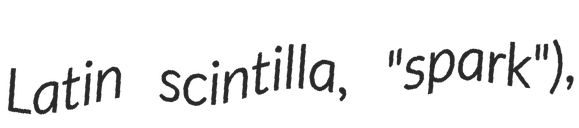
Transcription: Latin scintilla, "spark"),